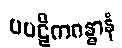
ပပဋိကဂန္ဓာနံ